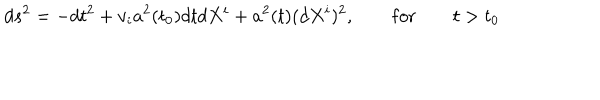
LaTeX: d s ^ { 2 } = - d t ^ { 2 } + v _ { i } a ^ { 2 } ( t _ { 0 } ) d t d X ^ { i } + a ^ { 2 } ( t ) ( d X ^ { i } ) ^ { 2 } , \qquad \mathrm { f o r } \qquad t > t _ { 0 }